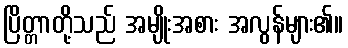
ပြိတ္တာတို့သည် အမျိုးအစား အလွန်များ၏။